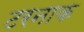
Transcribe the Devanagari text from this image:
टरनाक